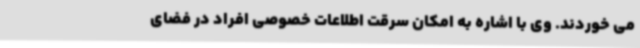
می خوردند. وی با اشاره به امکان سرقت اطلاعات خصوصی افراد در فضای